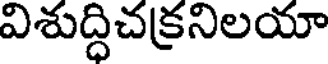
విశుద్ధిచక్రనిలయా